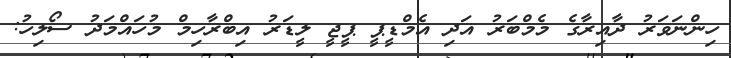
ހިންނަވަރު ދާއިރާގެ މެމްބަރު އަދި އެމްޑީޕީ ޕީޖީ ލީޑަރު އިބްރާހިމް މުހައްމަދު ސޯލިހު: